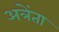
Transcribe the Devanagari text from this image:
अत्रेंता